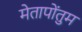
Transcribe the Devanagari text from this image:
मेतापोंतुम